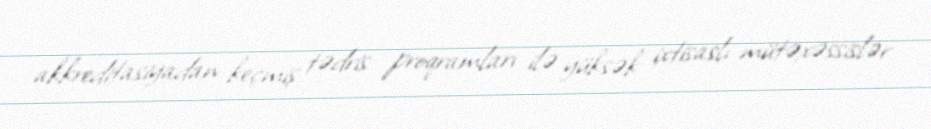
akkreditasiyadan keçmiş tədris proqramları ilə yüksək ixtisaslı mütəxəssislər